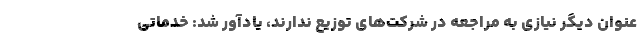
عنوان دیگر نیازی به مراجعه در شرکت‌های توزیع ندارند، یادآور شد: خدماتی